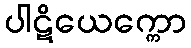
ပါဋိယေက္ကော